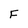
Character: F